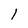
Character: 1